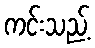
ကင်းသည့်